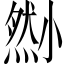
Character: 𡮫